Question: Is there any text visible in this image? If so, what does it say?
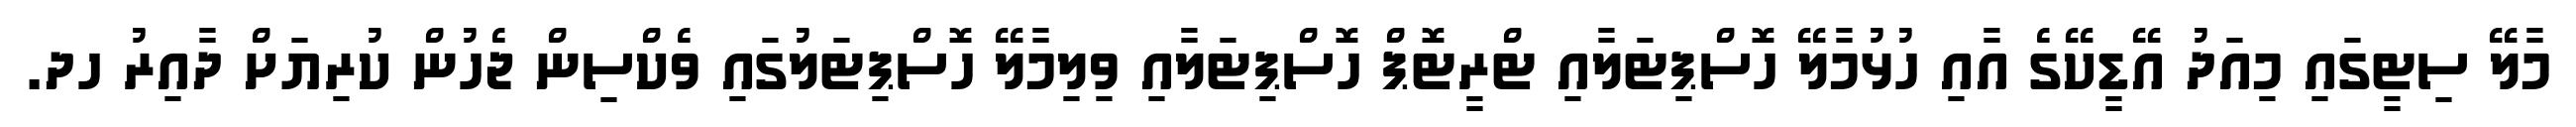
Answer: މާލޭ ސިޓީގައި މިއަދު އޭޑީކޭގެ އާއި ހުޅުމާލޭ ހޮސްޕިޓަލާއި ޓްރީޓޮޕް ހޮސްޕިޓަލާއި ވިލިމާލޭ ހޮސްޕިޓަލުގައި ވެކްސިން ޖެހުން ކުރިޔަށް ދާއިރު ހދ.